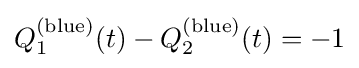
Q_{1}^{({\text{blue}})}(t)-Q_{2}^{({\text{blue}})}(t)=-1